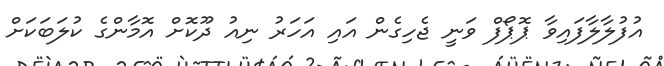
އުފުލާލާފައިވާ ޕޮޕޯފް ވަނީ ޖެހިގެން އައި އަހަރު ނިއު ދޫކޮށް އޮމާންގެ ކުލަބަކަށް